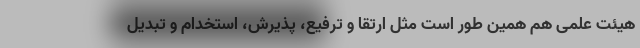
هیئت علمی هم همین طور است مثل ارتقا و ترفیع، پذیرش، استخدام و تبدیل